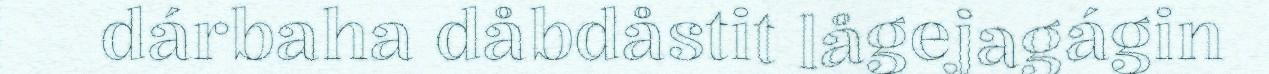
dárbaha dåbdåstit lågejagágin